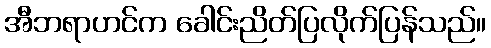
အီဘရာဟင်က ခေါင်းညိတ်ပြလိုက်ပြန်သည်။